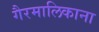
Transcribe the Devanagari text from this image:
गैरमालिकाना